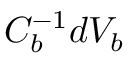
C _ { b } ^ { - 1 } d V _ { b }